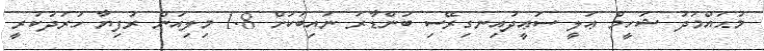
މުޙައްމަދު ޝަހީމް ޢަލީ ސަޢީދުއިނގިރޭސި ބަންޑާރަ ނައިބަކަށް 1.8 މިލިއަން ރުފިޔާ ހަރަދުކުރީ